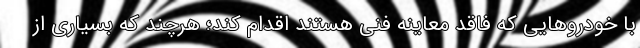
با خودروهایی که فاقد معاینه فنی هستند اقدام کند؛ هرچند که بسیاری از